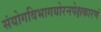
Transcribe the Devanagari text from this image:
संयोगविभागयोरनपेक्षकारणं